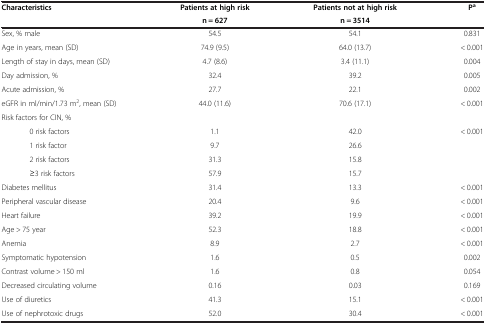
| <ROWSPAN=2> Characteristics | Patients at high risk | Patients not at high risk | <ROWSPAN=2> Pa |
 | n = 627 | n = 3514 |
 | --- | --- | --- | --- |
 | Sex, % male | 54.5 | 54.1 | 0.831 |
 | Age in years, mean (SD) | 74.9 (9.5) | 64.0 (13.7) | < 0.001 |
 | Length of stay in days, mean (SD) | 4.7 (8.6) | 3.4 (11.1) | 0.004 |
 | Day admission, % | 32.4 | 39.2 | 0.005 |
 | Acute admission, % | 27.7 | 22.1 | 0.002 |
 | eGFR in ml/min/1.73 m2, mean (SD) | 44.0 (11.6) | 70.6 (17.1) | < 0.001 |
 | <COLSPAN=4> Risk factors for CIN, % |
 | 0 risk factors | 1.1 | 42.0 | <ROWSPAN=4> < 0.001 |
 | 1 risk factor | 9.7 | 26.6 |
 | 2 risk factors | 31.3 | 15.8 |
 | ≥3 risk factors | 57.9 | 15.7 |
 | Diabetes mellitus | 31.4 | 13.3 | < 0.001 |
 | Peripheral vascular disease | 20.4 | 9.6 | < 0.001 |
 | Heart failure | 39.2 | 19.9 | < 0.001 |
 | Age > 75 year | 52.3 | 18.8 | < 0.001 |
 | Anemia | 8.9 | 2.7 | < 0.001 |
 | Symptomatic hypotension | 1.6 | 0.5 | 0.002 |
 | Contrast volume > 150 ml | 1.6 | 0.8 | 0.054 |
 | Decreased circulating volume | 0.16 | 0.03 | 0.169 |
 | Use of diuretics | 41.3 | 15.1 | < 0.001 |
 | Use of nephrotoxic drugs | 52.0 | 30.4 | < 0.001 |